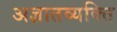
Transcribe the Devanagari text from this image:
अज्ञातव्यक्ति